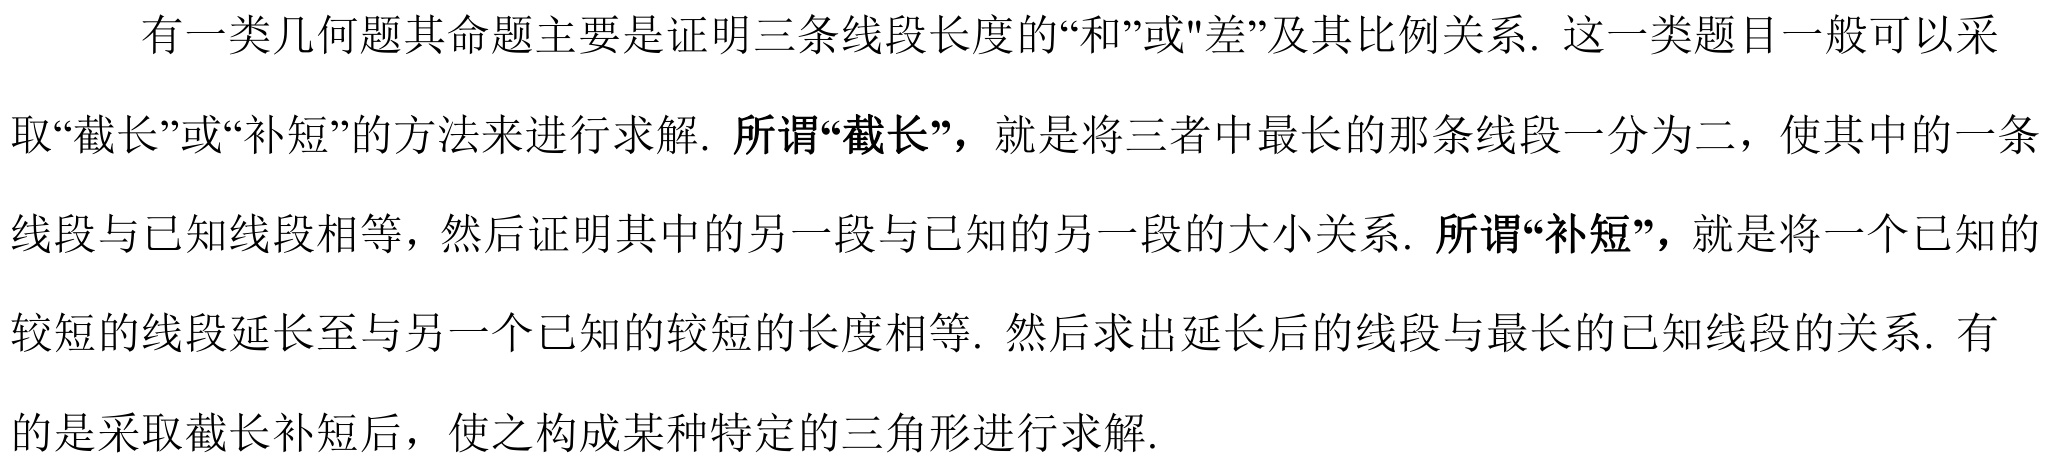
有一类几何题其命题主要是证明三条线段长度的“和”或"差”及其比例关系. 这一类题目一般可以采取“截长”或“补短”的方法来进行求解. 所谓“截长”，就是将三者中最长的那条线段一分为二，使其中的一条线段与已知线段相等，然后证明其中的另一段与已知的另一段的大小关系. 所谓“补短”，就是将一个已知的较短的线段延长至与另一个已知的较短的长度相等. 然后求出延长后的线段与最长的已知线段的关系. 有的是采取截长补短后，使之构成某种特定的三角形进行求解.